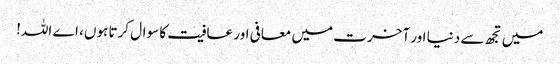
میں تجھ سے دنیا اور آخرت میں معافی اور عافیت کا سوال کرتا ہوں، اے اللہ!